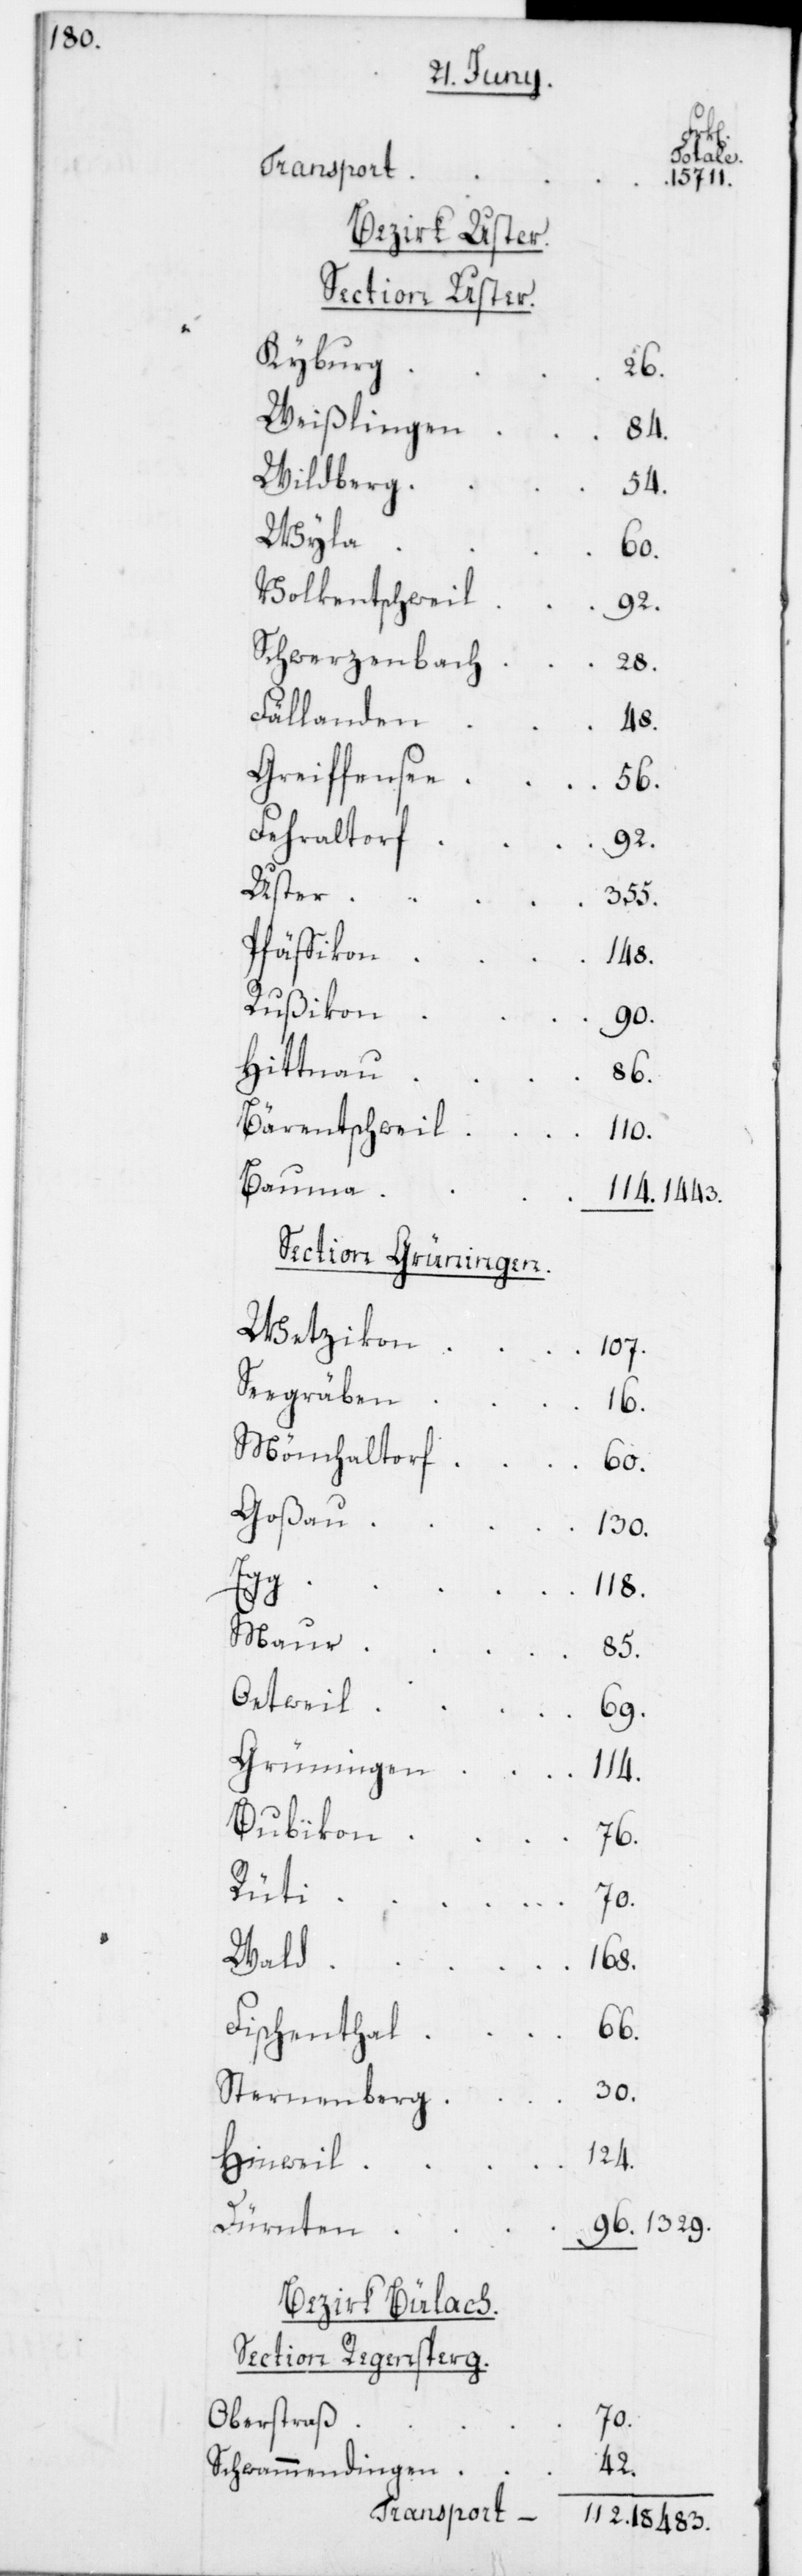
1329.

Bezirk Uster.
Section Uster.
Kyburg
26.
Weißlingen
84.
Wildberg
54.
Wyla
60.
Volkentschweil
92.
Schwerzenbach
28.
Fällanden
48.
Greiffensee
56.
Fehraltorf
92.
Uster
355.
Pfäffikon
148.
Rußikon
90.
Hittnau
86.
Bärentschweil
110.
Bauma
1443.
Section Grüningen.
Wetzikon
107.
Seegräben
16.
Mönchaltorf
60.
Goßau
130.
118.
96.
Maur
85.
Oetweil
Bubikon
76.
Rüti
70.
Wald
168.
Fischenthal
66.
30.
Sternenberg
124.
Hinweil
Dürnten
Bezirk Bülach.
Section Regensperg.
Oberstraß
70.
42.
Schwammendingen
Transport

15 711.